Annual administration report of the Civil Veterinary Department of India - 1892-1893
Year: 1892
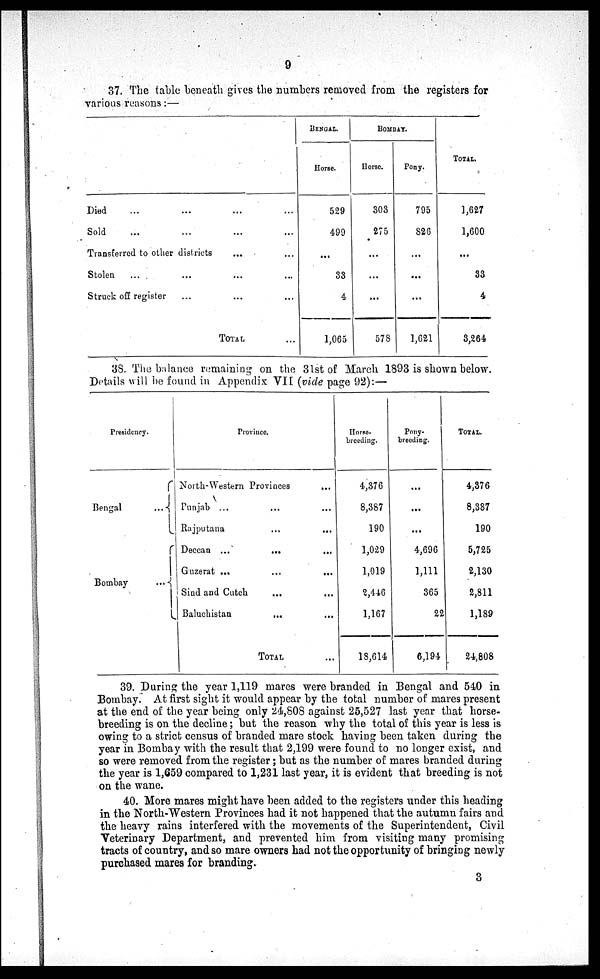
9
37. The table beneath gives the numbers removed from the registers for
various reasons:—
Died ... ... ... ...
Sold ... ... ... ...
Transferred to other districts ... ...
Stolen
... ... ... ...
Struck off register ... ... ...
TOTAL ...
BENGAL.
Horse.
529
499
...
33
4
1,065
BOMBAY.
Horse.
303
275
...
...
...
578
Pony.
795
826
...
...
...
1,621
TOTAL.
1,627
1,600
...
33
4
3,264
38. The balance remaining on the 31st of March 1893 is shown below.
Details will be found in Appendix VII (vide page 92):—
Presidency.
Bengal
...
Bombay
...
Province.
North-Western Provinces ...
Punjab ... ... ...
Rajputana ... ...
Deccan ...
...
...
Guzerat ...
...
...
Sind and Cutch ... ...
Baluchistan
...
...
TOTAL ...
Horse-
breeding.
4,376
8,387
190
1,029
1,019
2,446
1,167
18,614
Pony-
breeding.
...
...
...
4,696
1,111
365
22
6,194
TOTAL.
4,376
8,387
190
5,725
2,130
2,811
1,189
24,808
39. During the year 1,119 mares were branded in Bengal and 540 in
Bombay. At first sight it would appear by the total number of mares present
at the end of the year being only 24,808 against 25,527 last year that horse-
breeding is on the decline; but the reason why the total of this year is less is
owing to a strict census of branded mare stock having been taken during the
year in Bombay with the result that 2,199 were found to no longer exist, and
so were removed from the register; but as the number of mares branded during
the year is 1,659 compared to 1,231 last year, it is evident that breeding is not
on the wane.
40. More mares might have been added to the registers under this heading
in the North-Western Provinces had it not happened that the autumn fairs and
the heavy rains interfered with the movements of the Superintendent, Civil
Veterinary Department, and prevented him from visiting many promising
tracts of country, and so mare owners had not the opportunity of bringing newly
purchased mares for branding.
3